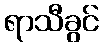
ရာသီခွင်